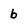
Character: b